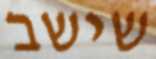
שישב